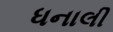
ધનાલી